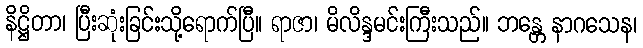
နိဋ္ဌိတာ၊ ပြီးဆုံးခြင်းသို့ရောက်ပြီ။ ရာဇာ၊ မိလိန္ဒမင်းကြီးသည်။ ဘန္တေ နာဂသေန၊